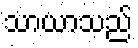
သာယာသည်